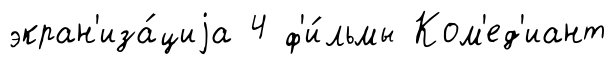
экран'иза́циjа 4 ф'и́льмы Ком'ед'иант